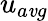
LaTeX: u_{a\mathit{v}g}